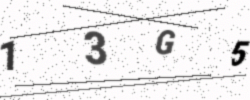
Text: 13G5